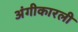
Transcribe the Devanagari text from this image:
अंगीकारली